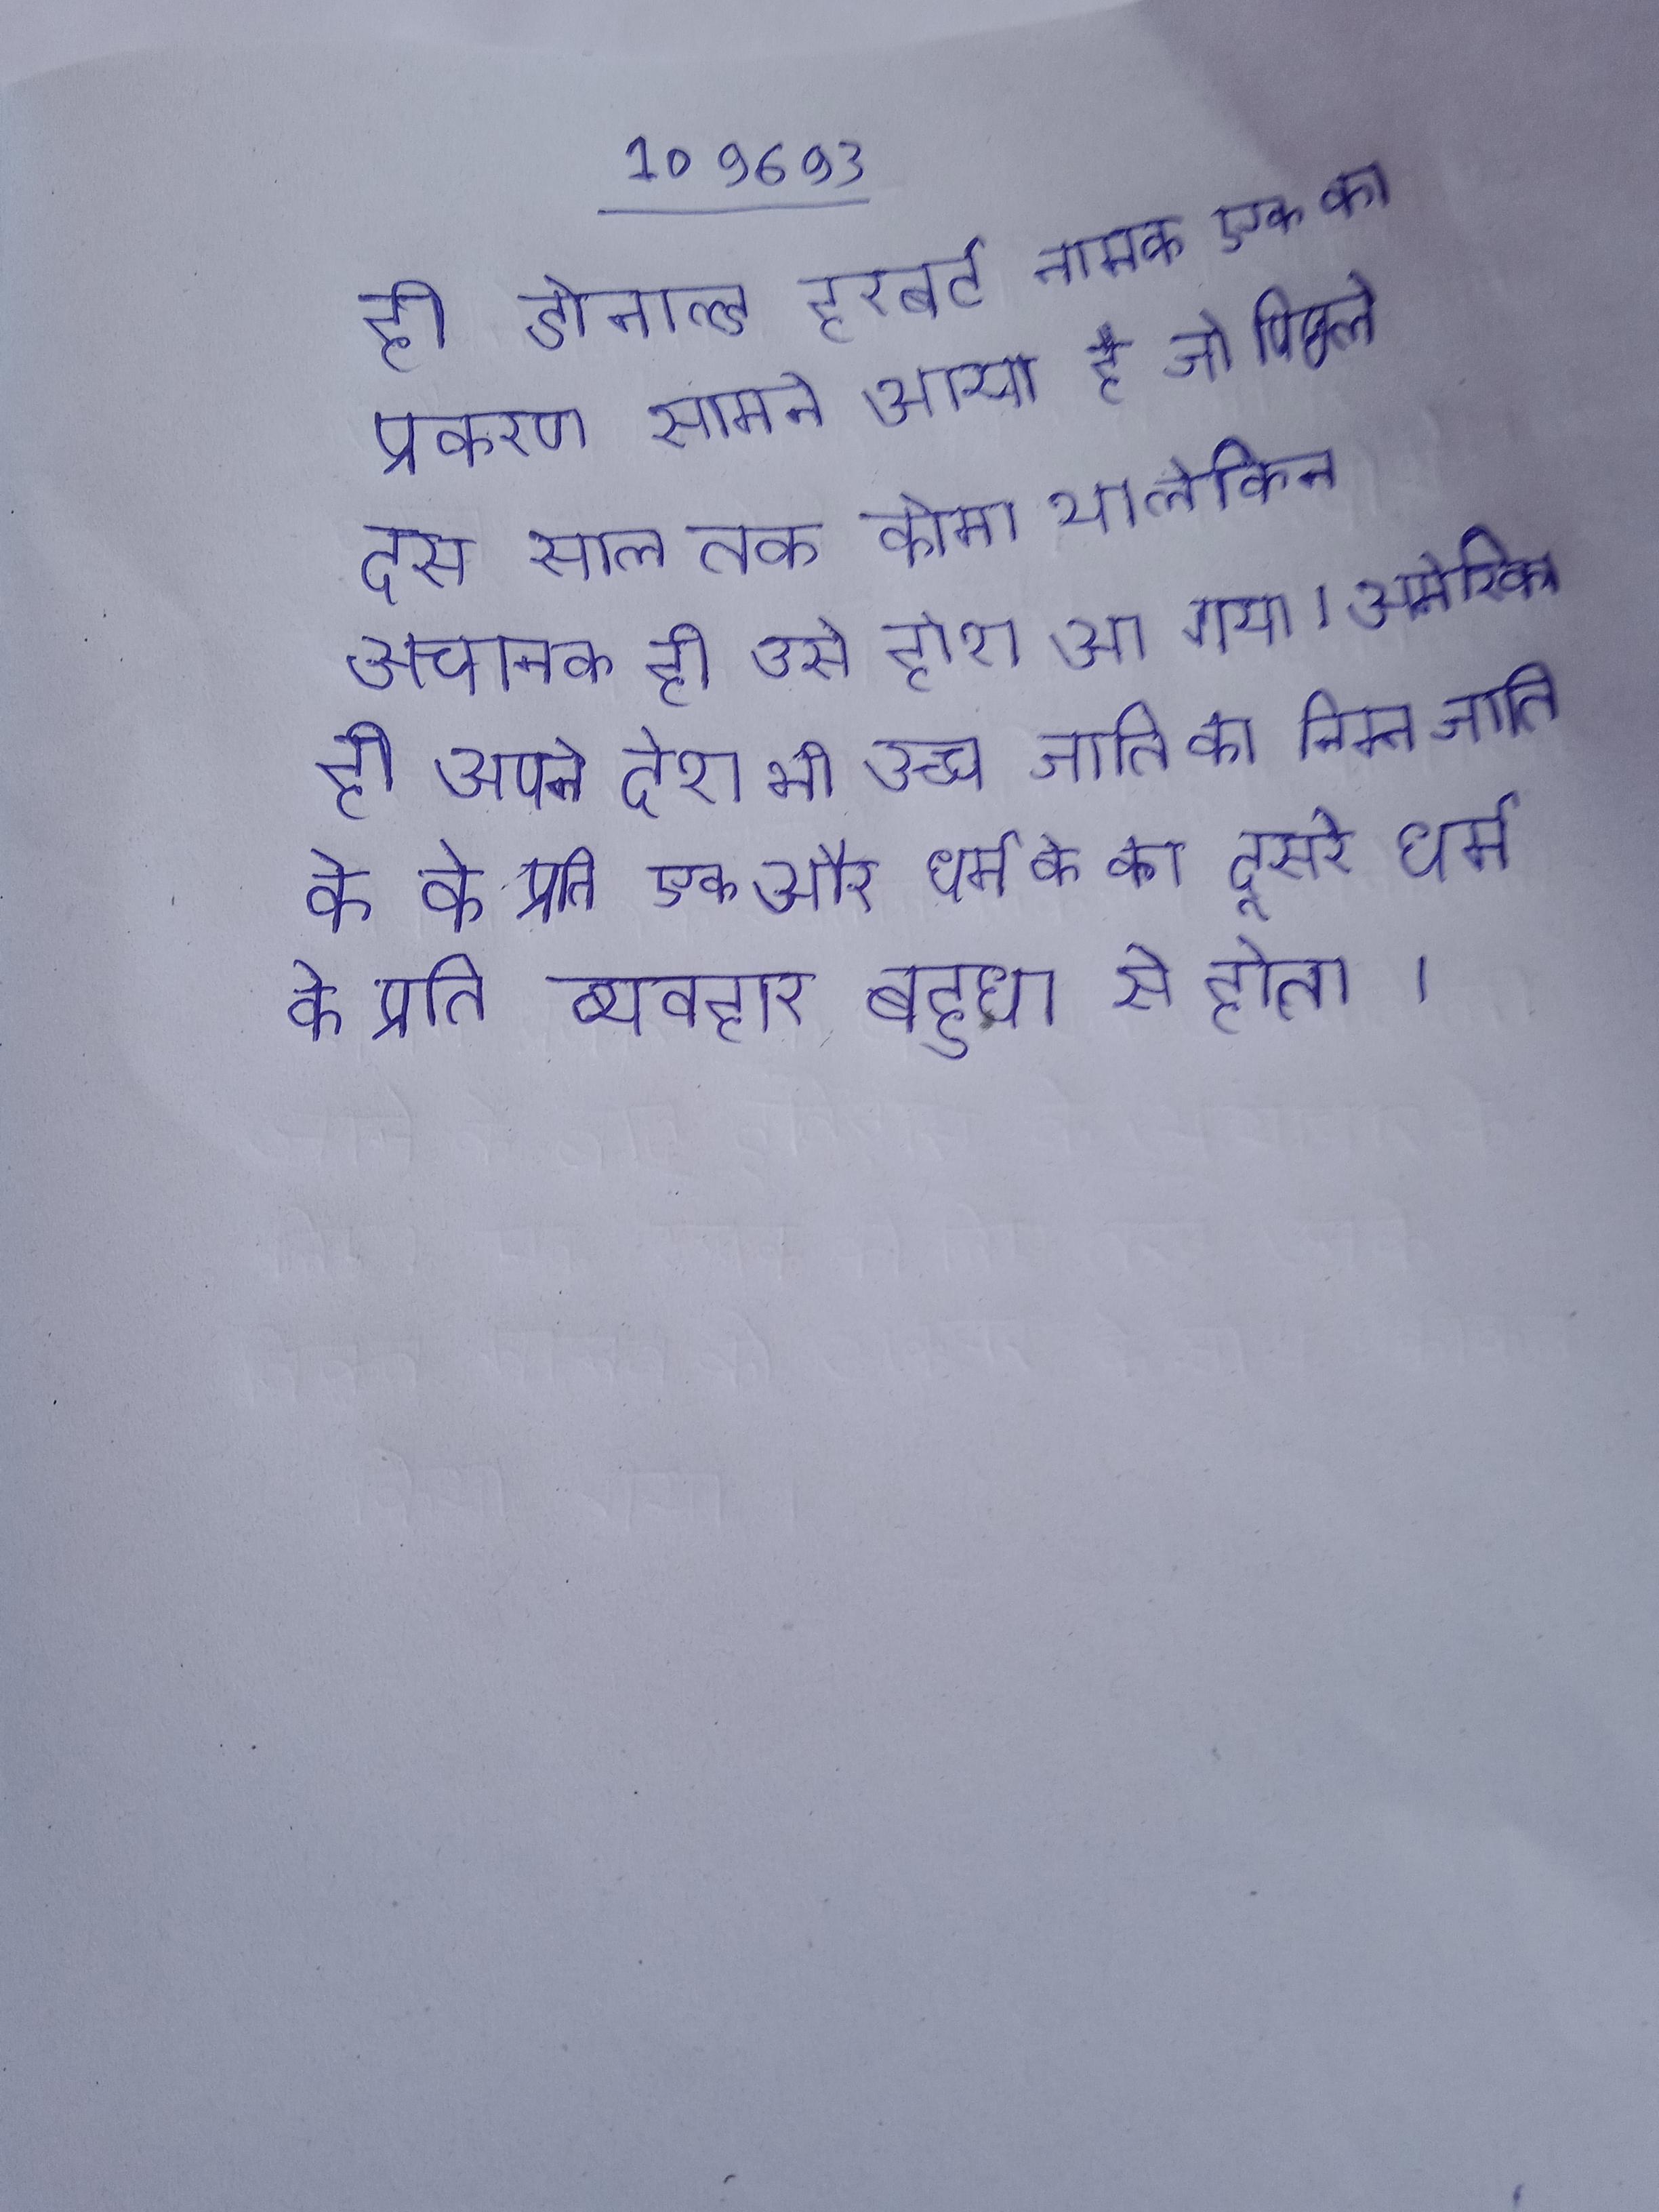
ही डोनाल्ड हरबर्ट नामक एक का प्रकरण सामने आया है जो पिछले दस साल तक कोमा था लेकिन अचानक ही उसे होश आ गया । अमेरिका ही अपने देश भी उच्च जाति का निम्न जाति के के प्रति एक और धर्म के का दूसरे धर्म के प्रति व्यवहार बहुधा से होता ।